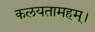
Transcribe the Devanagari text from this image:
कलयतामहम्।